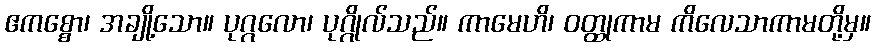
ဧကစ္စော၊ အချို့သော။ ပုဂ္ဂလော၊ ပုဂ္ဂိုလ်သည်။ ကာမေဟိ၊ ဝတ္ထုကာမ ကိလေသာကာမတို့မှ။